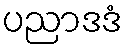
ပညာဒဒံ